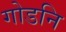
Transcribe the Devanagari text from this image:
गोडनि